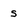
Character: s